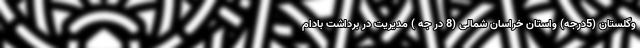
وگلستان (5درجه) واستان خراسان شمالی (8 در جه ) مدیریت در برداشت بادام